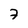
Character: 7